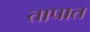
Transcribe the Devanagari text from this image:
तापात